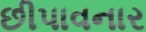
છીપાવનાર